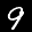
Label: 9